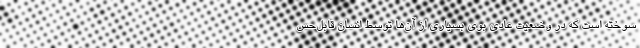
سوخته است که در وضعیت عادی بوی بسیاری از آن‌ها توسط انسان قابل‌حس